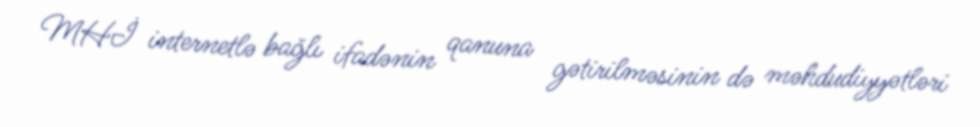
MHİ internetlə bağlı ifadənin qanuna gətirilməsinin də məhdudiyyətləri